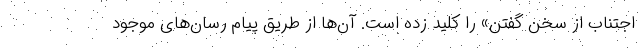
اجتناب از سخن گفتن» را کلید زده است. آن‌ها از طریق پیام رسان‌های موجود